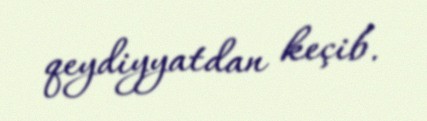
qeydiyyatdan keçib.